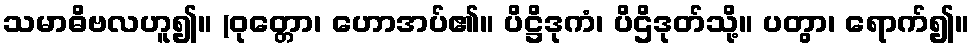
သမာဓိဗလဟူ၍။ (ဝုတ္တော၊ ဟောအပ်၏။ ပိဋ္ဌိဒုကံ၊ ပိဌိဒုတ်သို့။ ပတွာ၊ ရောက်၍။